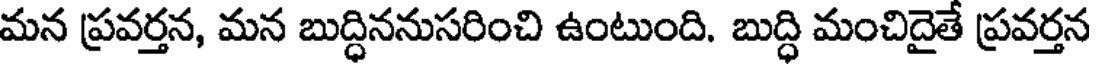
మన ప్రవర్తన, మన బుద్ధిననుసరించి ఉంటుంది. బుద్ధి మంచిదైతే ప్రవర్తన